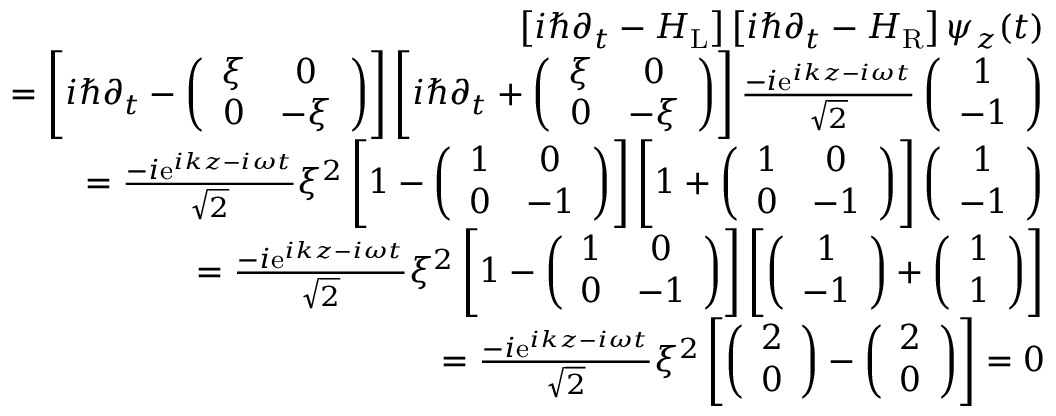
\begin{array} { r l r } & { } & { \left[ i \hbar \partial _ { t } - H _ { \mathrm { L } } \right] \left[ i \hbar \partial _ { t } - H _ { \mathrm { R } } \right] \psi _ { z } ( t ) } \\ & { } & { = \left[ i \hbar \partial _ { t } - \left( \begin{array} { c c } { \xi } & { 0 } \\ { 0 } & { - \xi } \end{array} \right) \right] \left[ i \hbar \partial _ { t } + \left( \begin{array} { c c } { \xi } & { 0 } \\ { 0 } & { - \xi } \end{array} \right) \right] \frac { - i \mathrm { e } ^ { i k z - i \omega t } } { \sqrt { 2 } } \left( \begin{array} { c } { 1 } \\ { - 1 } \end{array} \right) } \\ & { } & { = \frac { - i \mathrm { e } ^ { i k z - i \omega t } } { \sqrt { 2 } } \xi ^ { 2 } \left[ 1 - \left( \begin{array} { c c } { 1 } & { 0 } \\ { 0 } & { - 1 } \end{array} \right) \right] \left[ 1 + \left( \begin{array} { c c } { 1 } & { 0 } \\ { 0 } & { - 1 } \end{array} \right) \right] \left( \begin{array} { c } { 1 } \\ { - 1 } \end{array} \right) } \\ & { } & { = \frac { - i \mathrm { e } ^ { i k z - i \omega t } } { \sqrt { 2 } } \xi ^ { 2 } \left[ 1 - \left( \begin{array} { c c } { 1 } & { 0 } \\ { 0 } & { - 1 } \end{array} \right) \right] \left[ \left( \begin{array} { c } { 1 } \\ { - 1 } \end{array} \right) + \left( \begin{array} { c } { 1 } \\ { 1 } \end{array} \right) \right] } \\ & { } & { = \frac { - i \mathrm { e } ^ { i k z - i \omega t } } { \sqrt { 2 } } \xi ^ { 2 } \left[ \left( \begin{array} { c } { 2 } \\ { 0 } \end{array} \right) - \left( \begin{array} { c } { 2 } \\ { 0 } \end{array} \right) \right] = 0 } \end{array}